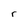
Character: r